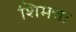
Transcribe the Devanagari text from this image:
शिमत्ता